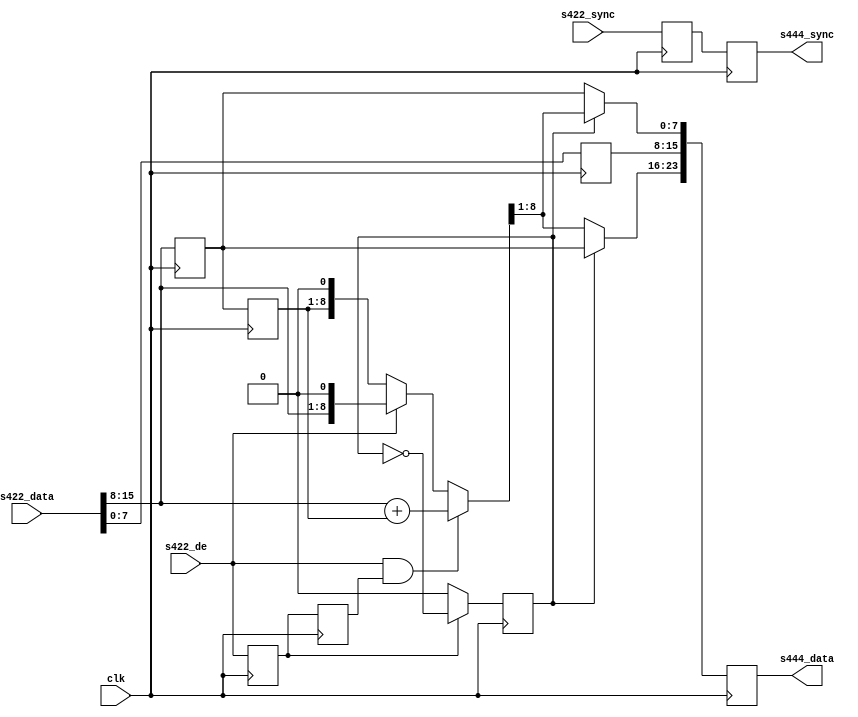
module ad_ss_422to444 (
  clk,
  s422_de,
  s422_sync,
  s422_data,
  s444_sync,
  s444_data);
  parameter   Cr_Cb_N = 0;
  parameter   DELAY_DATA_WIDTH = 16;
  localparam  DW = DELAY_DATA_WIDTH - 1;
  input           clk;
  input           s422_de;
  input   [DW:0]  s422_sync;
  input   [15:0]  s422_data;
  output  [DW:0]  s444_sync;
  output  [23:0]  s444_data;
  reg             cr_cb_sel = 'd0;
  reg             s422_de_d = 'd0;
  reg     [DW:0]  s422_sync_d = 'd0;
  reg             s422_de_2d = 'd0;
  reg      [7:0]  s422_Y_d;
  reg      [7:0]  s422_CbCr_d;
  reg      [7:0]  s422_CbCr_2d;
  reg     [DW:0]  s444_sync = 'd0;
  reg     [23:0]  s444_data = 'd0;
  reg     [ 8:0]  s422_CbCr_avg;
  wire    [ 7:0]  s422_Y;
  wire    [ 7:0]  s422_CbCr;
  assign s422_Y = s422_data[7:0];
  assign s422_CbCr = s422_data[15:8];
  always @(posedge clk) begin
    if (s422_de_d == 1'b1) begin
      cr_cb_sel <= ~cr_cb_sel;
    end else begin
      cr_cb_sel <= Cr_Cb_N;
    end
  end
  always @(posedge clk) begin
    s422_de_d <= s422_de;
    s422_sync_d <= s422_sync;
    s422_de_2d <= s422_de_d;
	s422_Y_d <= s422_Y;
	s422_CbCr_d <= s422_CbCr;
	s422_CbCr_2d <= s422_CbCr_d;
  end
  always @(s422_de_2d, s422_de, s422_CbCr, s422_CbCr_2d)
  begin
		if (s422_de == 1'b1 && s422_de_2d)
			s422_CbCr_avg <= s422_CbCr + s422_CbCr_2d;
		else if (s422_de == 1'b1)
			s422_CbCr_avg <= {s422_CbCr, 1'b0};
		else
			s422_CbCr_avg <= {s422_CbCr_2d, 1'b0};
  end
  always @(posedge clk) begin
    s444_sync <= s422_sync_d;
    s444_data[15:8] <= s422_Y_d;
	if (cr_cb_sel) begin
		s444_data[23:16] <= s422_CbCr_d;
		s444_data[ 7: 0] <= s422_CbCr_avg[8:1];
	end else begin
		s444_data[23:16] <= s422_CbCr_avg[8:1];
		s444_data[ 7: 0] <= s422_CbCr_d;
	end
  end
endmodule